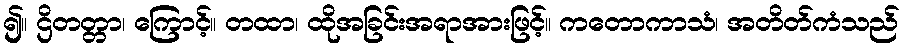
၍။ ဌိတတ္တာ၊ ကြောင့်။ တထာ၊ ထိုအခြင်းအရာအားဖြင့်။ ကတောကာသံ၊ အတိတ်ကံသည်